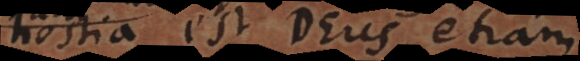
hostia est Deus, etiam